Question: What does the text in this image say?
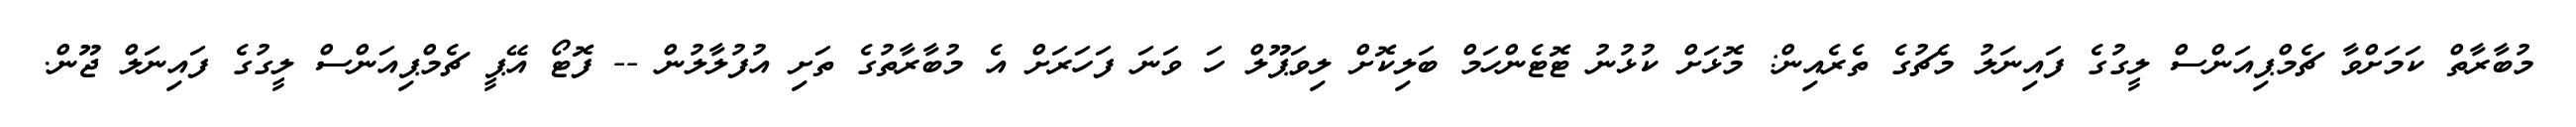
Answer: މުބާރާތް ކަމަށްވާ ޗެމްޕިއަންސް ލީގުގެ ފައިނަލު މެޗުގެ ތެރެއިން: މޮޅަށް ކުޅުނު ޓޮޓެންހަމް ބަލިކޮށް ލިވަޕޫލް ހަ ވަނަ ފަހަރަށް އެ މުބާރާތުގެ ތަށި އުފުލާލުން -- ފޮޓޯ އޭޕީ ޗެމްޕިއަންސް ލީގުގެ ފައިނަލް ޖޫން.